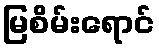
မြစိမ်းရောင်